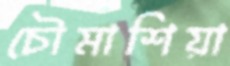
চৌমাশিয়া